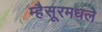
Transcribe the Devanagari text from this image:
म्हैसूरमधले